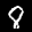
Label: 8